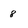
Character: 8